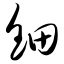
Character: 钿